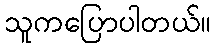
သူကပြောပါတယ်။